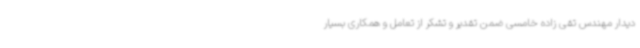
دیدار مهندس تقی زاده خامسی ضمن تقدیر و تشکر از تعامل و همکاری بسیار